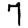
Digit: 7